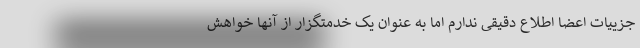
جزییات اعضا اطلاع دقیقی ندارم اما به عنوان یک خدمتگزار از آنها خواهش